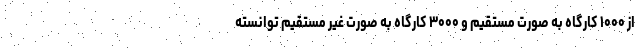
از ۱۰۰۰ کارگاه به صورت مستقیم و ۳۰۰۰ کارگاه به صورت غیر مستقیم توانسته